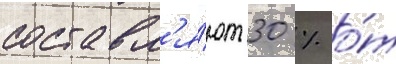
составл'я́ют 30 % о́т